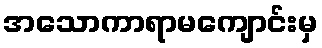
အသောကာရာမကျောင်းမှ